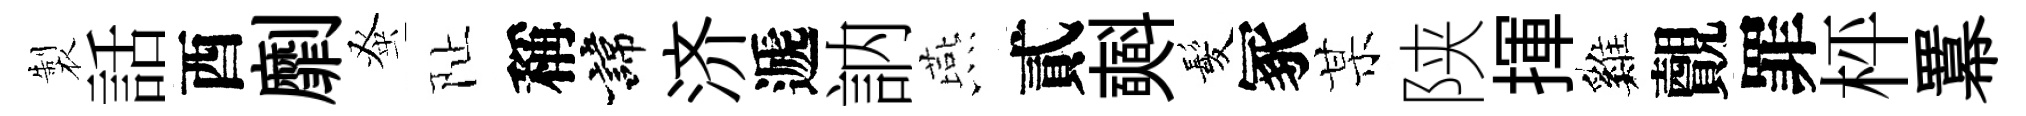
製話酉劘𫊫阯稱諱济遞訥燕貳𣂏髪冢某陕揮巍覿罪枰羃